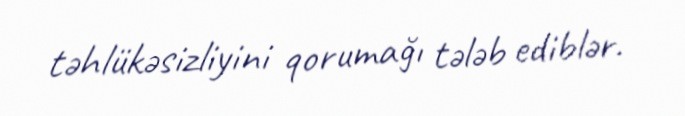
təhlükəsizliyini qorumağı tələb ediblər.